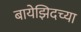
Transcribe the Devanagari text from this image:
बायेझिदच्या